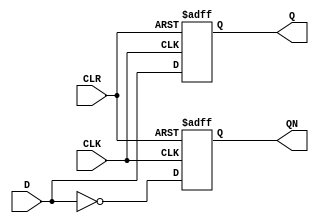
`timescale 1ns / 1ps
//////////////////////////////////////////////////////////////////////////////////
// Company: 
// Engineer: 
// 
// Design Name: 
// Module Name: D_ff
// Project Name: 
// Target Devices: 
// Tool Versions: 
// Description: 
// 
// Dependencies: 
// 
// Revision:
// Revision 0.01 - File Created
// Additional Comments:
// 
//////////////////////////////////////////////////////////////////////////////////


module D_ff(D, CLK, CLR, Q, QN);
input D, CLK, CLR;
output reg Q, QN;

initial begin
Q = 1'b0;
QN = 1'b1;
end

always @(posedge CLK or negedge CLR)
begin
    if(~CLR) begin
        Q <= 1'b0;
        QN <= 1'b1;
    end
    else begin
        Q <= D;
        QN <= ~D;
    end
end
endmodule